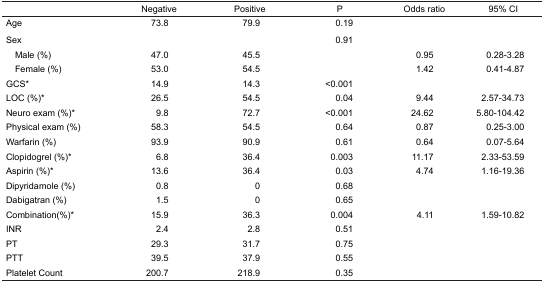
|  | Negative | Positive | P | Odds ratio | 95% CI |
 | --- | --- | --- | --- | --- | --- |
 | Age | 73.8 | 79.9 | 0.19 |  |  |
 | Sex |  |  | 0.91 |  |  |
 | Male (%) | 47.0 | 45.5 |  | 0.95 | 0.28–3.28 |
 | Female (%) | 53.0 | 54.5 |  | 1.42 | 0.41–4.87 |
 | GCS* | 14.9 | 14.3 | <0.001 |  |  |
 | LOC (%)* | 26.5 | 54.5 | 0.04 | 9.44 | 2.57–34.73 |
 | Neuro exam (%)* | 9.8 | 72.7 | <0.001 | 24.62 | 5.80–104.42 |
 | Physical exam (%) | 58.3 | 54.5 | 0.64 | 0.87 | 0.25–3.00 |
 | Warfarin (%) | 93.9 | 90.9 | 0.61 | 0.64 | 0.07–5.64 |
 | Clopidogrel (%)* | 6.8 | 36.4 | 0.003 | 11.17 | 2.33–53.59 |
 | Aspirin (%)* | 13.6 | 36.4 | 0.03 | 4.74 | 1.16–19.36 |
 | Dipyridamole (%) | 0.8 | 0 | 0.68 |  |  |
 | Dabigatran (%) | 1.5 | 0 | 0.65 |  |  |
 | Combination(%)* | 15.9 | 36.3 | 0.004 | 4.11 | 1.59–10.82 |
 | INR | 2.4 | 2.8 | 0.51 |  |  |
 | PT | 29.3 | 31.7 | 0.75 |  |  |
 | PTT | 39.5 | 37.9 | 0.55 |  |  |
 | Platelet Count | 200.7 | 218.9 | 0.35 |  |  |